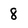
Character: 8